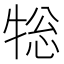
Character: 𭷨